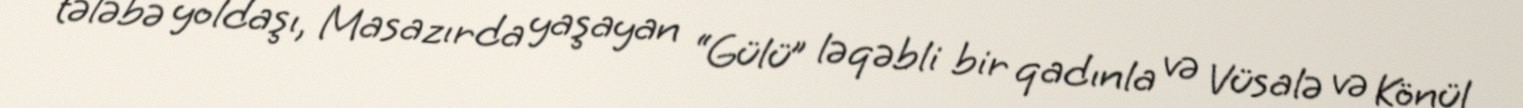
tələbə yoldaşı, Masazırda yaşayan “Gülü” ləqəbli bir qadınla və Vüsalə və Könül